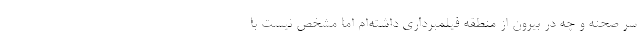
سر صحنه و چه در بیرون از منطقه فیلمبرداری داشته‌ام اما مشخص نیست با